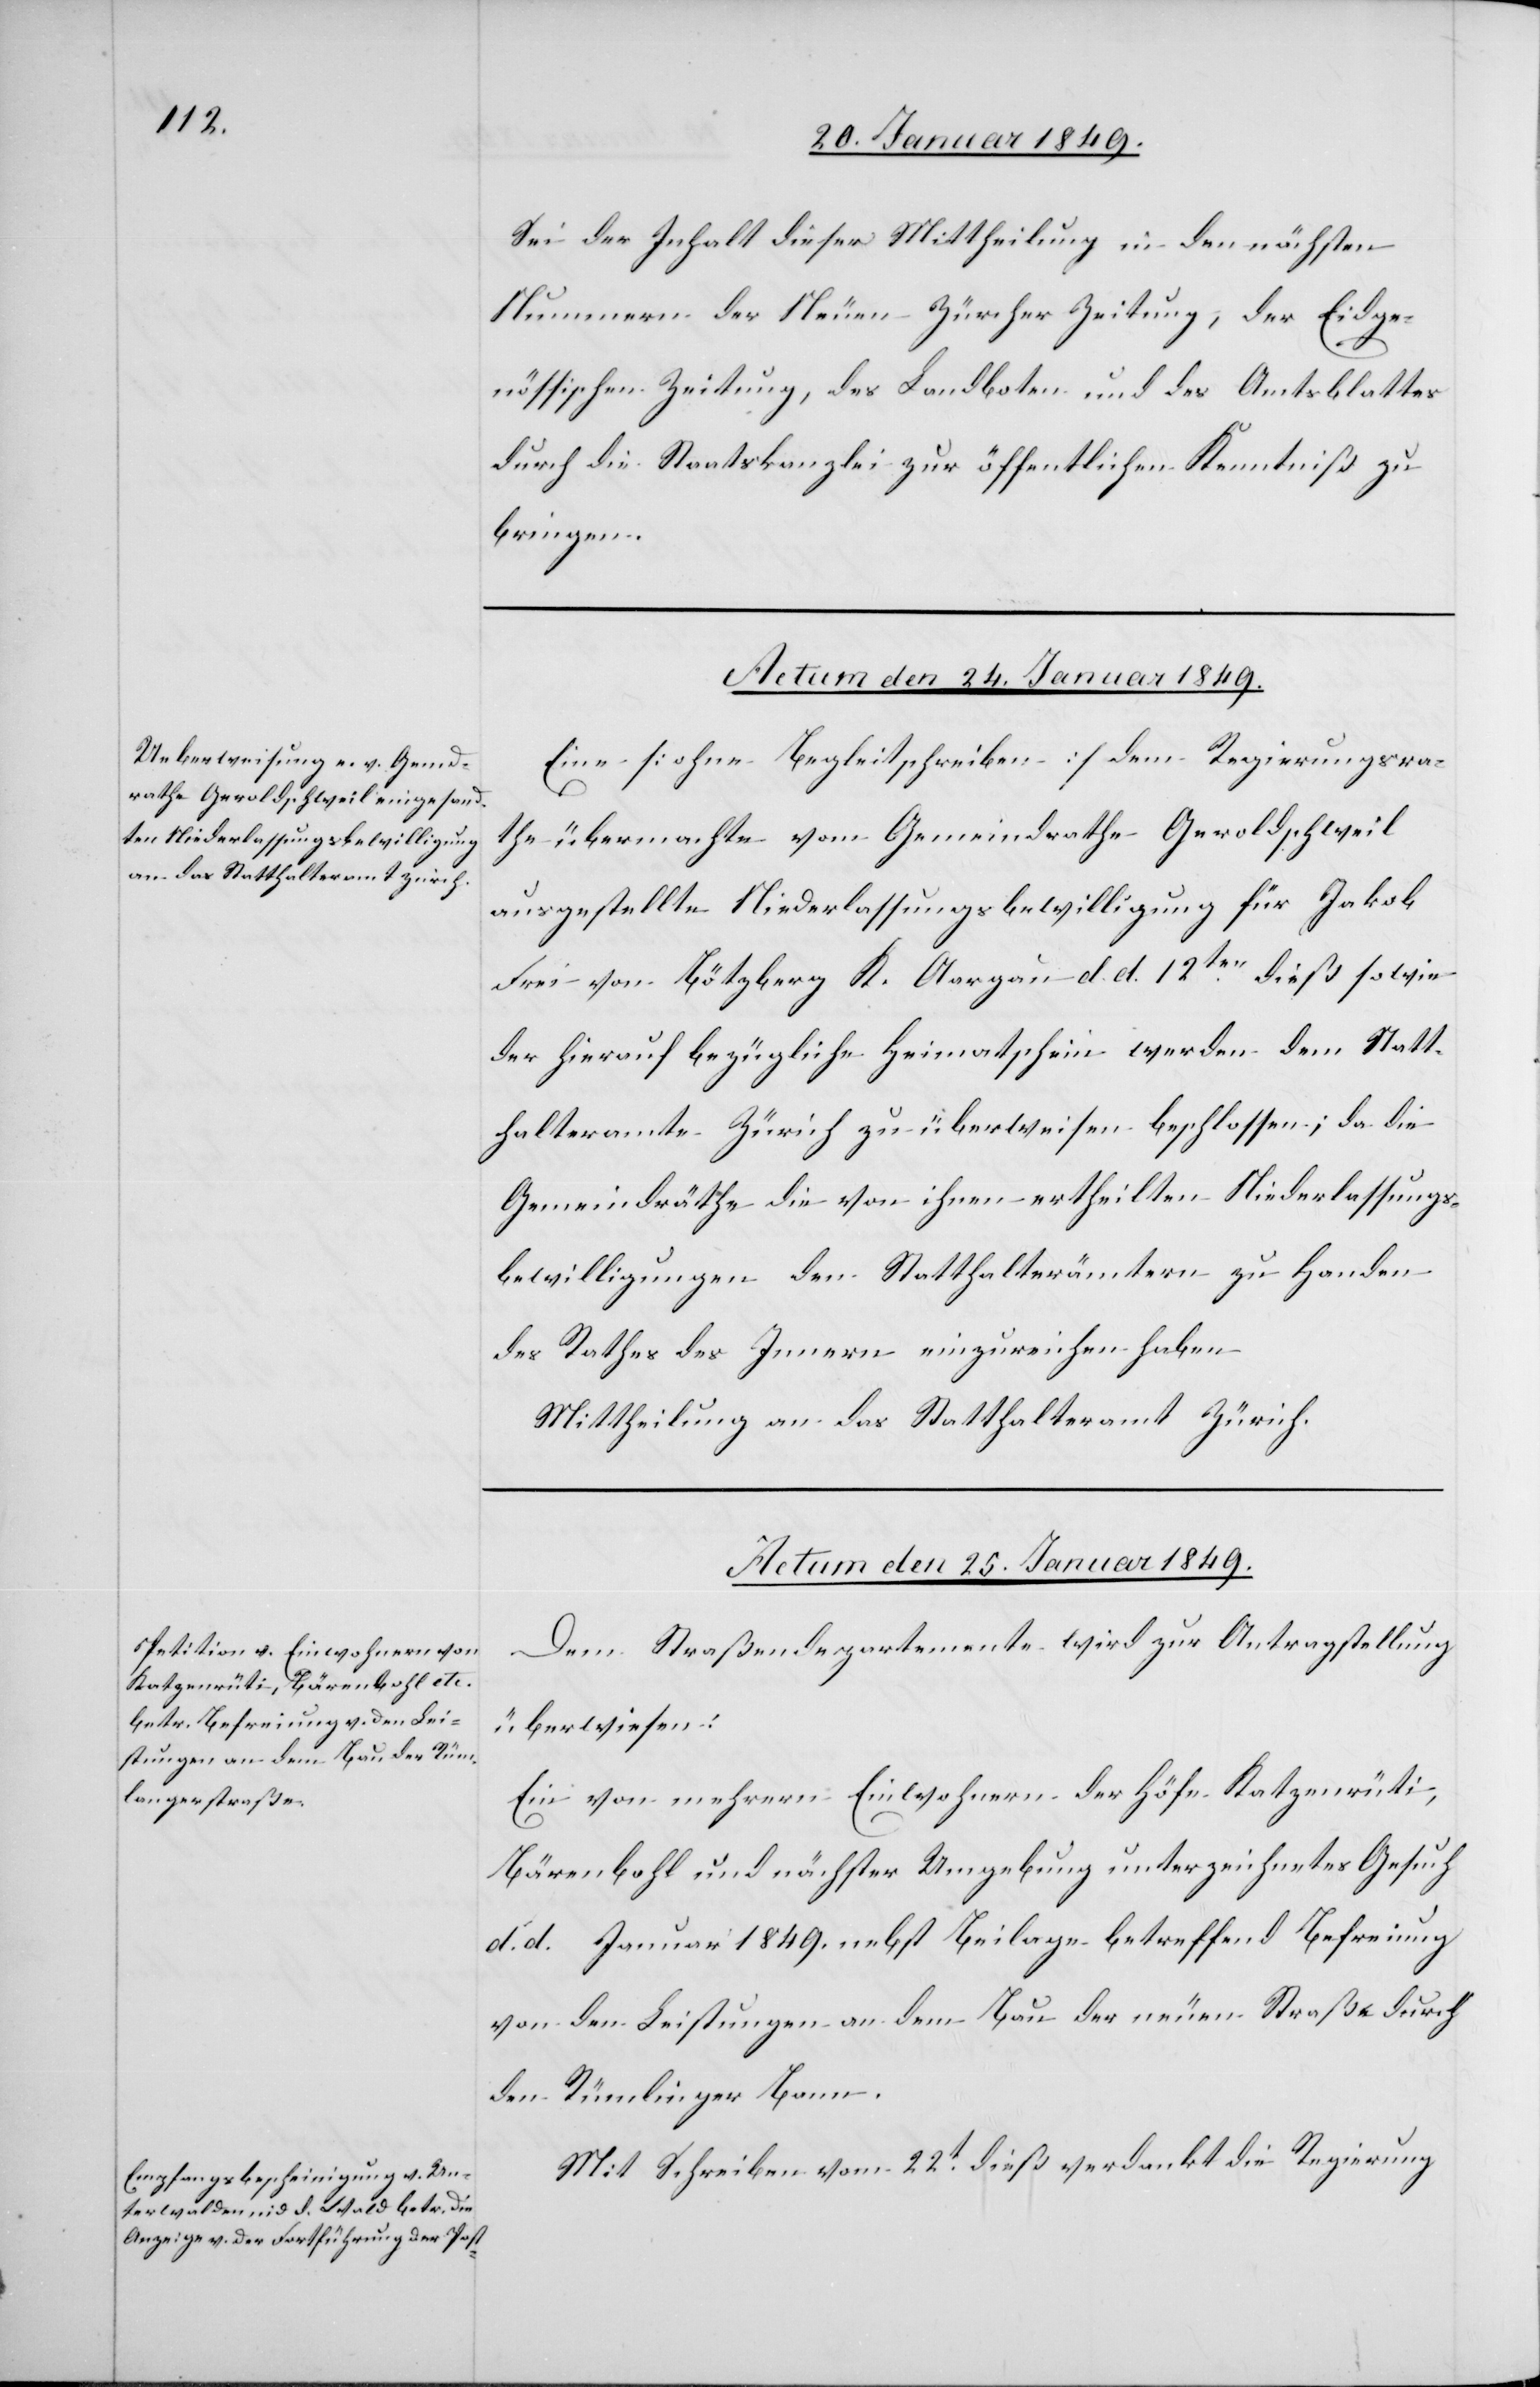
Sei der Inhalt dieser Mittheilung in den nächsten
Nummern der Neuen Zürcher Zeitung, der Eidge¬
nössischen Zeitung, des Landboten und des Amtsblattes
durch die Staatskanzlei zur öffentlichen Kenntniß zu
bringen.
Actum den 24. Januar 1849.
Eine [ohne Begleitschreiben] dem Regierungsra¬
the übermachte vom Gemeindrathe Geroldschweil
ausgestellte Niederlassungsbewilligung für Jakob
Frei von Bötzberg K. Aargau d. d. 12ten. dieß sowie
der hierauf bezügliche Heimatschein werden dem Statt¬
halteramte Zürich zu überweisen beschlossen; da die
Gemeindräthe die von ihnen ertheilten Niederlassungs¬
bewilligungen den Statthalterämtern zu Handen
des Rathes des Innern einzureichen haben
Mittheilung an das Statthalteramt Zürich.
Actum den 25. Januar 1849.]
Dem Straßendepartement wird zur Antragstellung
überwiesen:
Ein von mehrern Einwohnern der Höfe Katzenrüti,
Bärenbohl und nächster Umgebung unterzeichnetes Gesuch
d. […] Januar 1849. nebst Beilage betreffend Befreiung
von den Leistungen an dem Bau der neuen Straße durch
den Rümlinger Bann.
Mit Schreiben vom 22t. dieß verdankt die Regierung